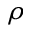
\rho